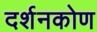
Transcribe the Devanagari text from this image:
दर्शनकोण